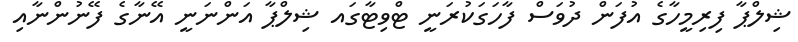
ޝިލްޕާ ފިރިމީހާގެ އުފަން ދުވަސް ފާހަގަކުރަނީ ޓްވިޓާގައ ޝިލްޕާ އަންނަނީ އޭނާގެ ފޭނުންނާއި